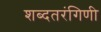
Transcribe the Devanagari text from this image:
शब्दतरंगिणी